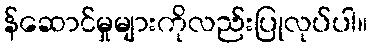
န်ဆောင်မှုများကိုလည်းပြုလုပ်ပါ။